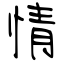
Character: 情